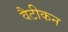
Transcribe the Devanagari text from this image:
वैटीकन